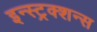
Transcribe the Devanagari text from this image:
इन्स्ट्रक्शन्स